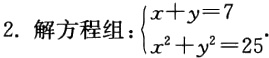
2. 解方程组：\(\begin{cases}x + y = 7\\x^{2}+y^{2}=25\end{cases}\)